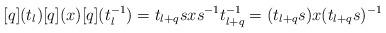
LaTeX: \begin{align*}[q](t_l)[q](x)[q](t_l^{-1})=t_{l+q}sxs^{-1}t_{l+q}^{-1}=(t_{l+q}s)x(t_{l+q}s)^{-1}\end{align*}